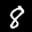
Label: 8